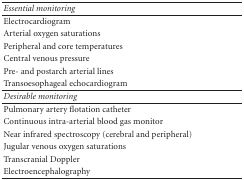
<table><thead><tr><td><b><i>Essential monitoring</i></b></td></tr></thead><tbody><tr><td>Electrocardiogram</td></tr><tr><td>Arterial oxygen saturations</td></tr><tr><td>Peripheral and core temperatures</td></tr><tr><td>Central venous pressure</td></tr><tr><td>Pre- and postarch arterial lines</td></tr><tr><td>Transoesophageal echocardiogram</td></tr><tr><td><i>Desirable monitoring</i></td></tr><tr><td>Pulmonary artery flotation catheter</td></tr><tr><td>Continuous intra-arterial blood gas monitor</td></tr><tr><td>Near infrared spectroscopy (cerebral and peripheral)</td></tr><tr><td>Jugular venous oxygen saturations</td></tr><tr><td>Transcranial Doppler</td></tr><tr><td>Electroencephalography</td></tr></tbody></table>